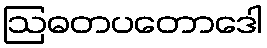
ဩဓတပတောဒေါ